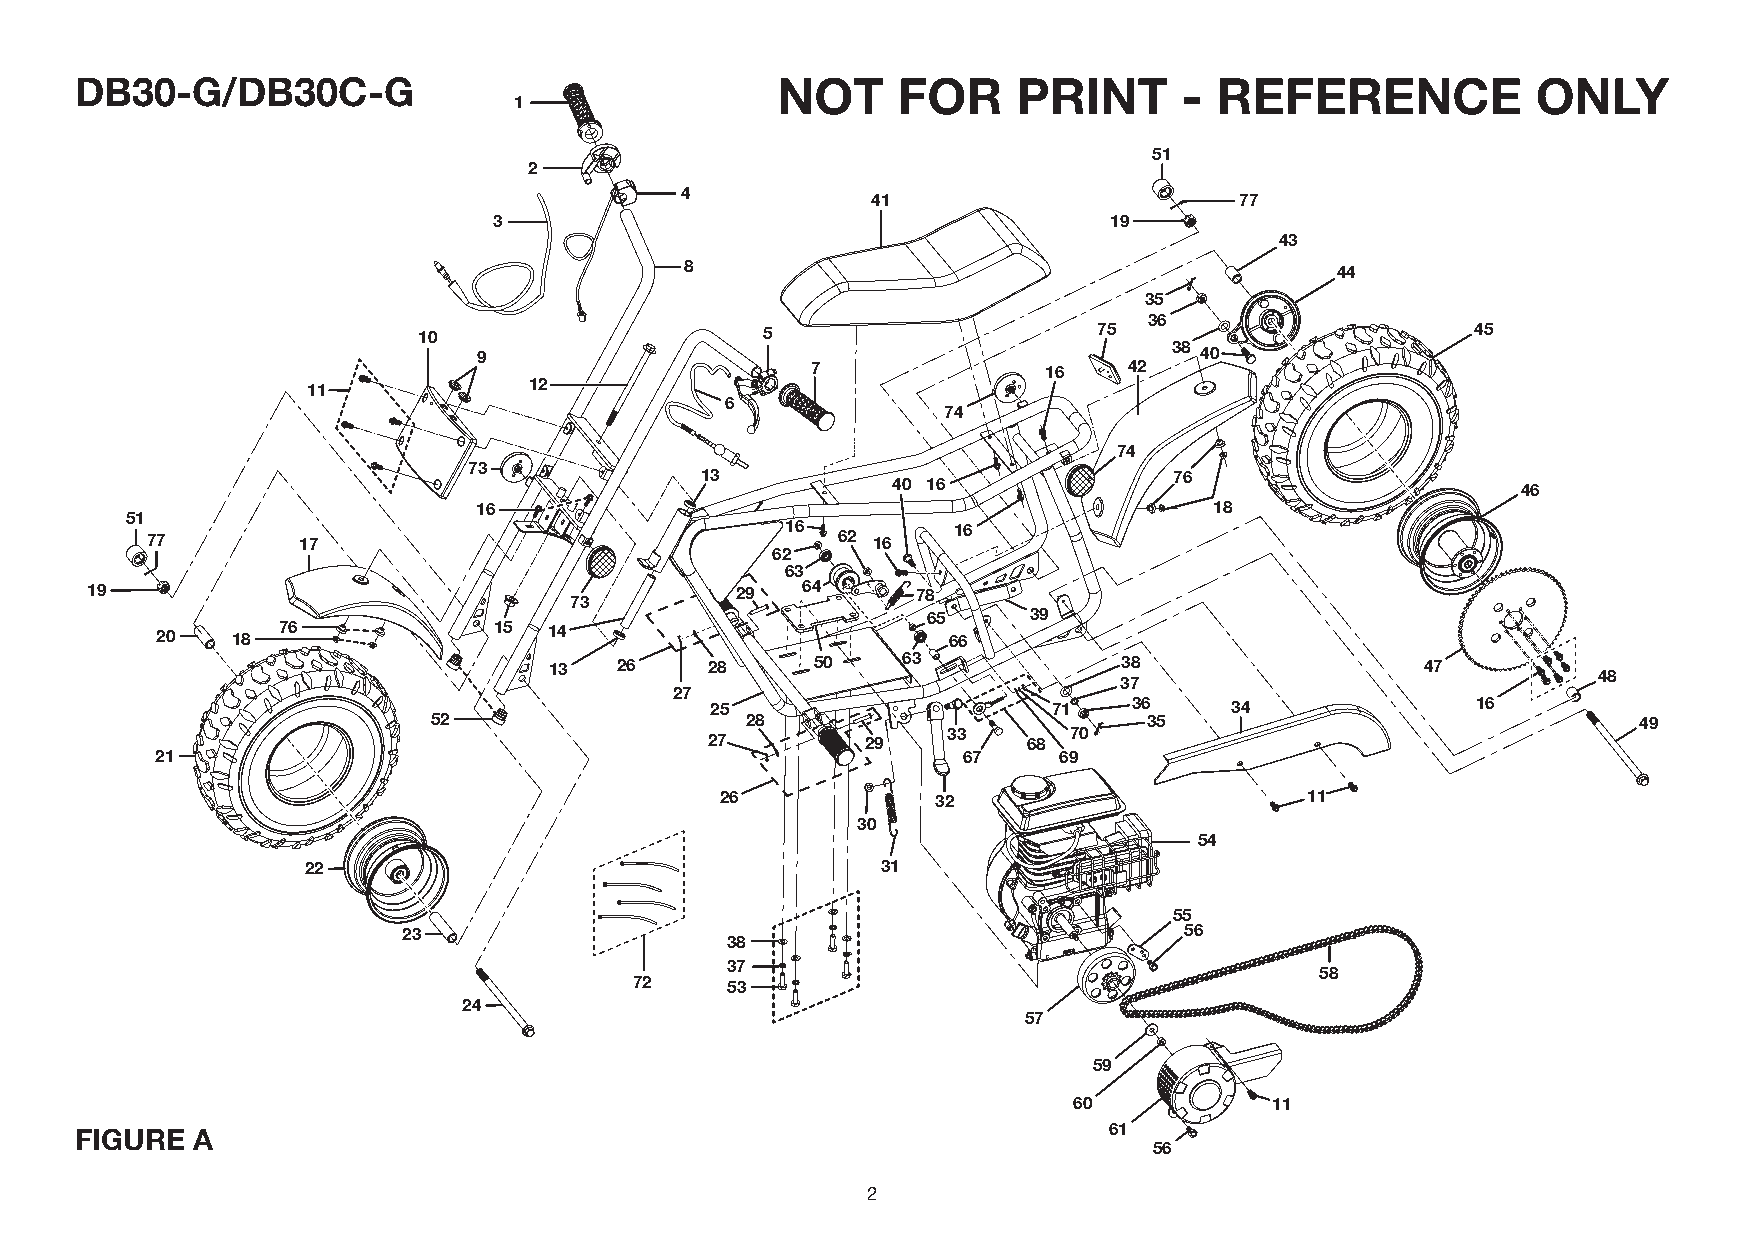
DB30-G/DB30C-G                                NOT     FOR     PRINT      -  REFERENCE            ONLY
 1
 51
 2
 4
 41                      77
 3                                       19
 43
 8                                           44
 35
 36
 10                    5                      75                       45
 9                                             38 40
 7              16    42
 11             12
 6
 74
 74
 73
 13                              76
 40 16                                     46
 16                                              18
 51
 77        17                              16 62 16   16
 62
 63
 19                                         29  64      78
 73
 65     39
 20   18 76             15 14                         66
 13   26    28     50    63            38                  47
 48
 37
 27
 25                     71   36     34              16
 52                  28                         35                               49
 33      70
 27        29         68
 21                                                    67    69
 26            32                       11
 30
 54
 22                                    31
 55
 23                                                 56
 38
 37
 58
 72    53
 24
 57
 59
 60           11
 FIGURE  A                                                           61
 56
 2